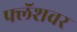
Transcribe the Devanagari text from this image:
फ्लॅशवर